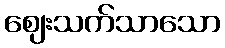
ဈေးသက်သာသော